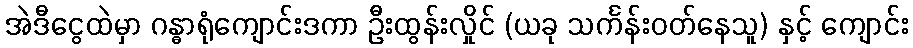
အဲဒီငွေထဲမှာ ဂန္ဓာရုံကျောင်းဒကာ ဦးထွန်းလှိုင် (ယခု သင်္ကန်းဝတ်နေသူ) နှင့် ကျောင်း